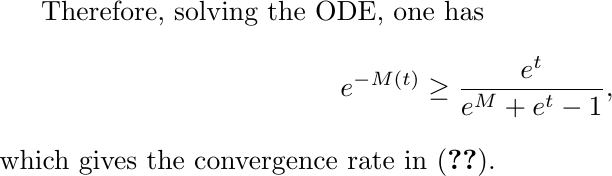
Therefore, solving the ODE,  one has \begin{equation*}
   e^{-M(t)} \ge \frac{e^t}{e^M+e^t-1},
\end{equation*}which gives the convergence rate in \eqref{eqn:chisqrate}.